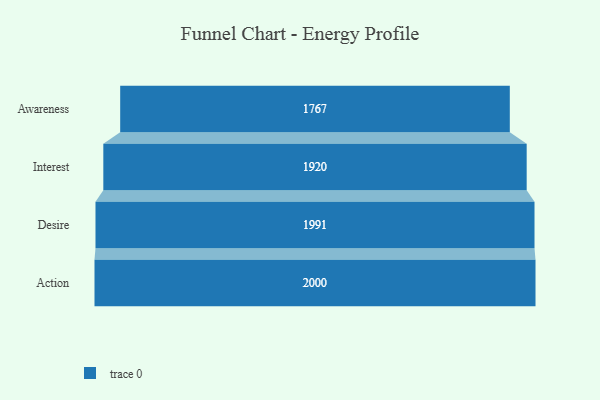
{"axis": {"x": "Stage", "y": "Value"}, "legend": [""], "data": [{"x": "Awareness", "y": 1767.0, "type": ""}, {"x": "Interest", "y": 1920.0, "type": ""}, {"x": "Desire", "y": 1991.0, "type": ""}, {"x": "Action", "y": 2000, "type": ""}]}